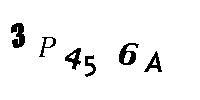
3P456A